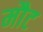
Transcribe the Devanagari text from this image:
मौट